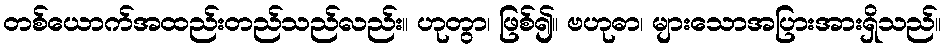
တစ်ယောက်အထည်းတည်သည်လည်း။ ဟုတွာ၊ ဖြစ်၍။ ဗဟုဓာ၊ များသောအပြားအားရှိသည်။